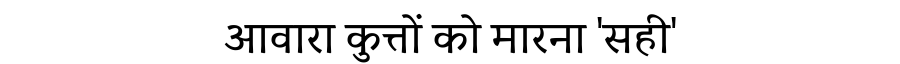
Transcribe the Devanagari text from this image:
आवारा कुत्तों को मारना 'सही'